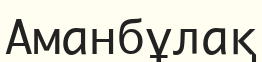
Аманбұлақ